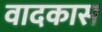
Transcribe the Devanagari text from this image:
वादकास